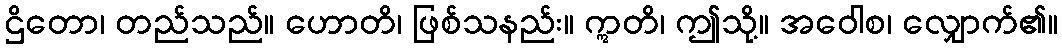
ဌိတော၊ တည်သည်။ ဟောတိ၊ ဖြစ်သနည်း။ ဣတိ၊ ဤသို့။ အဝေါစ၊ လျှောက်၏။